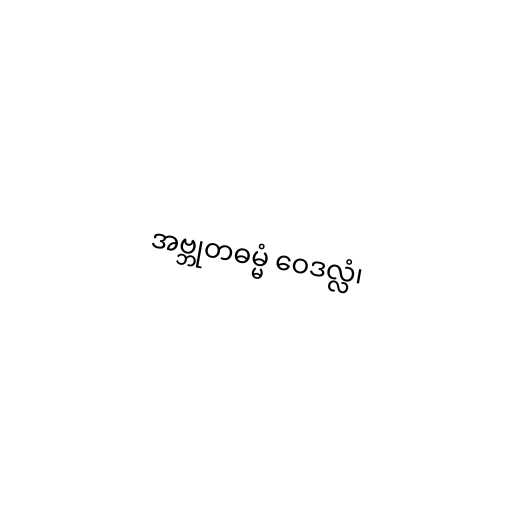
အဗ္ဘုတဓမ္မံ ဝေဒလ္လံ၊